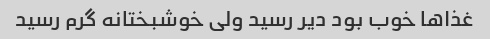
غذاها خوب بود دیر رسید ولی خوشبختانه گرم رسید